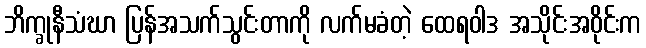
ဘိက္ခုနီသံဃာ ပြန်အသက်သွင်းတာကို လက်မခံတဲ့ ထေရဝါဒ အသိုင်းအဝိုင်းက